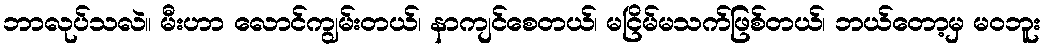
ဘာလုပ်သလဲ။ မီးဟာ လောင်ကျွမ်းတယ်၊ နာကျင်စေတယ်၊ မငြိမ်မသက်ဖြစ်တယ်၊ ဘယ်တော့မှ မဝဘူး